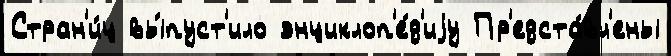
Стран'и́ц вы́пуст'ило энциклоп'е́д'иjу Пр'едста́вл'ены